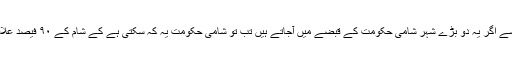
مشہور تجزیہ نگار اور میشیگن یونورسٹی کے پروفسر جان کول کہتے ہیں (میرے خیال سے اگر یہ دو بڑے شہر شامی حکومت کے قبضے میں آجاتے ہیں تب تو شامی حکومت یہ کہ سکتی ہے کے شام کے ۹۰ فیصد علاقوں پر حکومت کا قبضہ ہے اور پہر تو تقسیم یا وفاقی حکومت کا کوئی سوال ہی نہں ہوتا۔